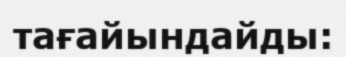
тағайындайды: